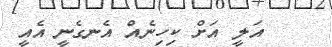
އަލީ އަށް ކިހިނެއް އެނގެނީ އެއީ